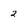
Character: 2